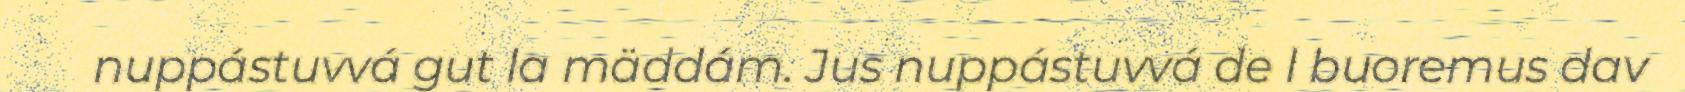
nuppástuvvá gut la mäddám. Jus nuppástuvvá de l buoremus dav